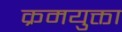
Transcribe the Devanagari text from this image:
क्रमयुक्ता